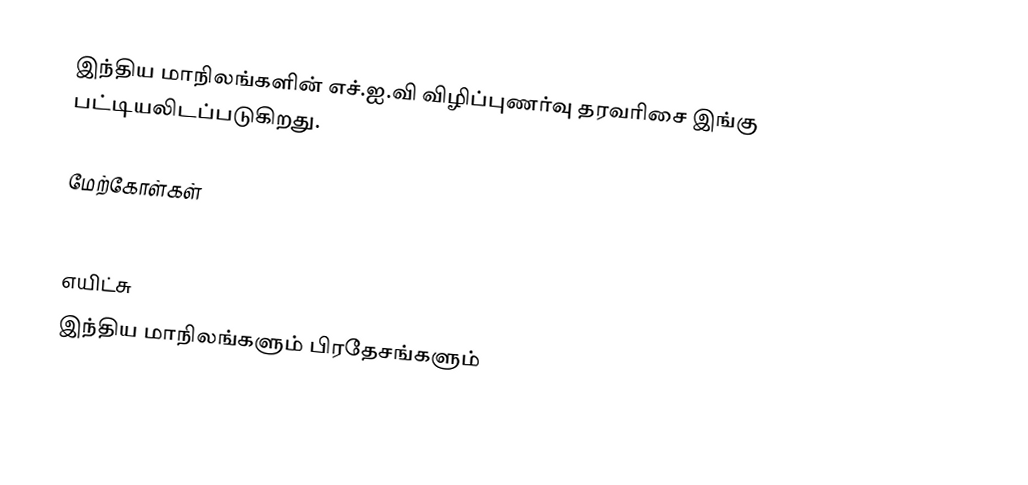
இந்திய மாநிலங்களின் எச்.ஐ.வி விழிப்புணர்வு  தரவரிசை இங்கு பட்டியலிடப்படுகிறது.

மேற்கோள்கள்
 nfhsindia.org

எயிட்சு
இந்திய மாநிலங்களும் பிரதேசங்களும்